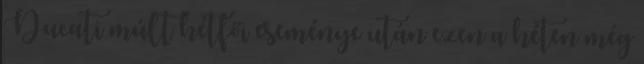
Ducati múlt hétfői eseménye után ezen a héten még